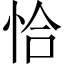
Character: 恰